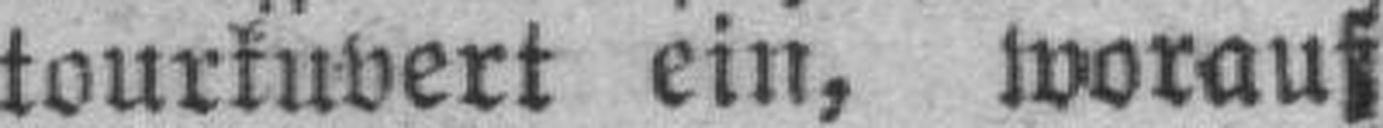
tourkuvert ein, worauf